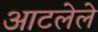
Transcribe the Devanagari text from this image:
आटलेले